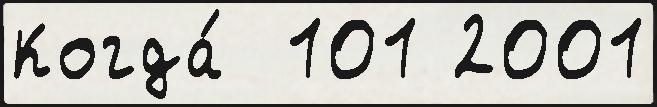
Когда́  101 2001